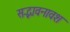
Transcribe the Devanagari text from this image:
सद्भावनावश